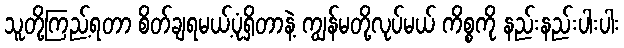
သူတို့ကြည့်ရတာ စိတ်ချရမယ့်ပုံရှိတာနဲ့ ကျွန်မတို့လုပ်မယ် ကိစ္စကို နည်းနည်းပါးပါး